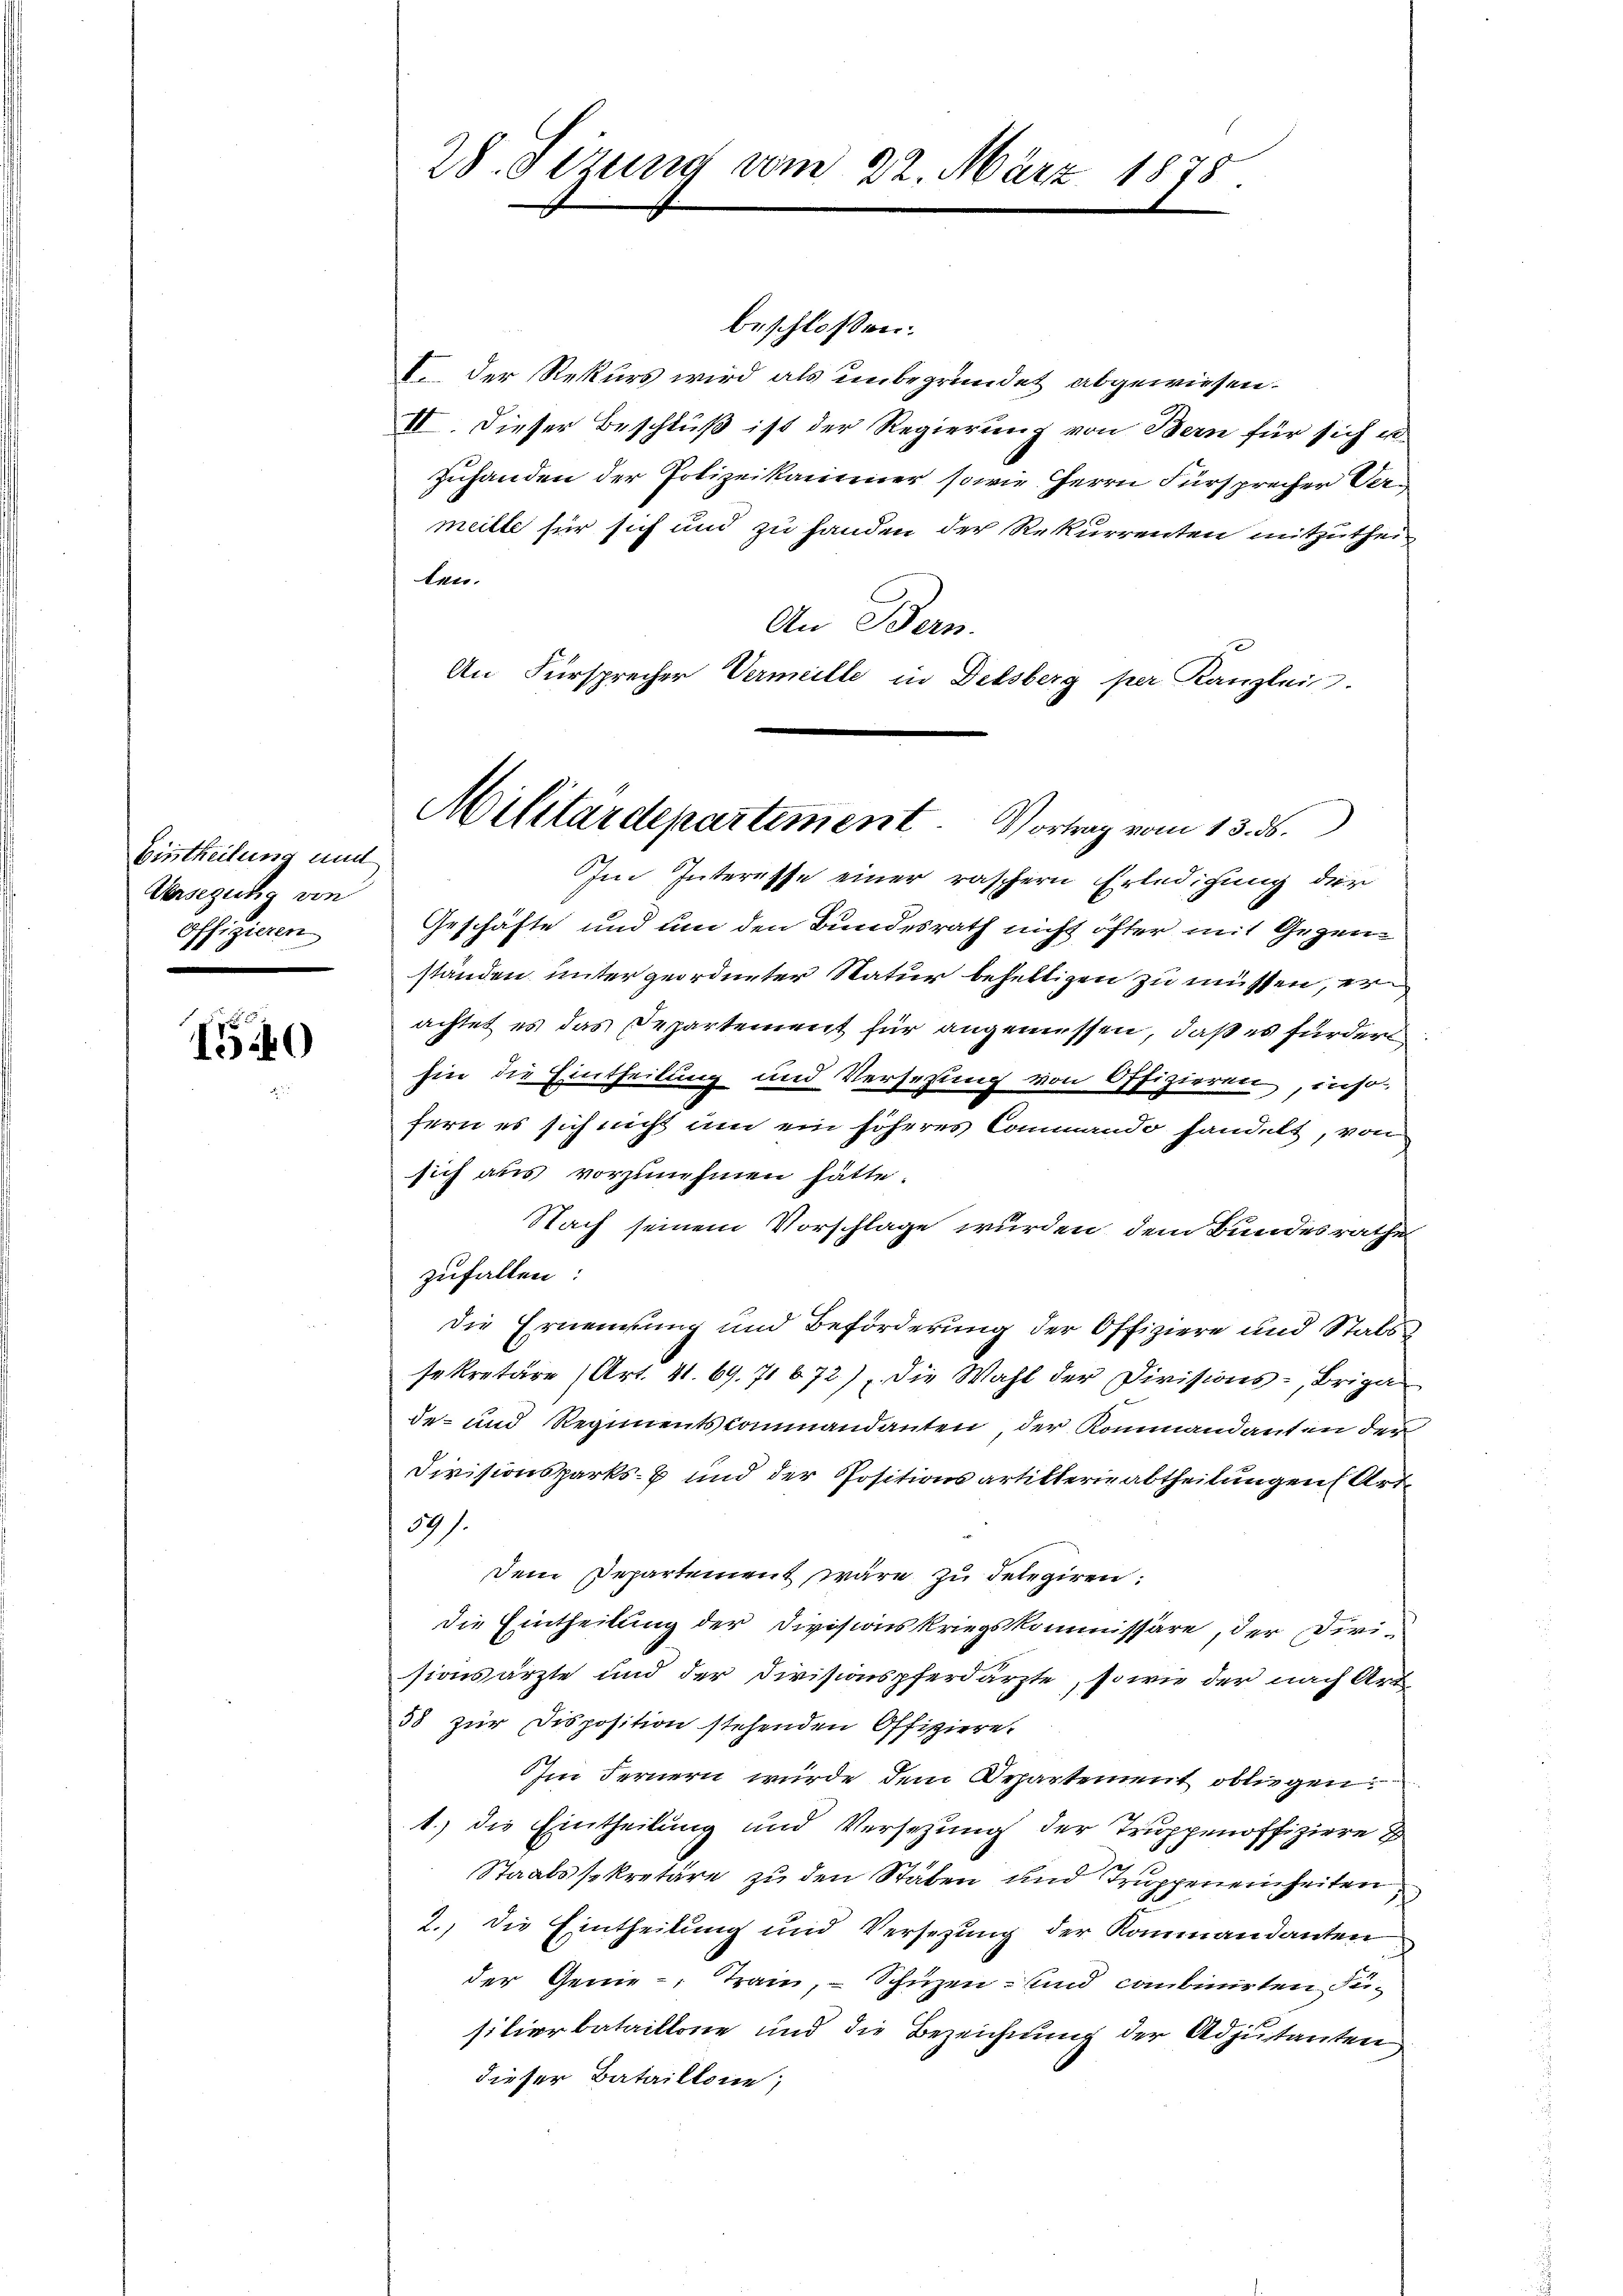
Bistheilung und
Versezung von
Offizieren
e

150

28. Sizung vom 22. März 1878

Militärdepartement. Vortrag vom 13. ds.

beschloßen:
I. Der Rekurs wird als unbegründet abgewiesen.
II. Dieser Beschluß ist der Regierung von Bern für sich un
Zuhanden der Polizeikanener sowie Herrn Fürsprecher Vermeille für sich und zu handen der Rekurrenten mitzutheiten.
An Bern.
An Fürsprecher Vermeille in Delsberg per Kanzlei.
Im Interesse einer raschern Erledigung der
Geschäfte und um den Bundesrath nicht öfter mit Gegenständen unter geordneter Natur behaltigen zu müssen, er
achtet es das Departement für angemessen, daß es fürderl
hin die Eintheilung und Versetzung von Offizieren, inso
fern es sich nicht um ein höheres Commando handelt, von
sich aus vorzunehmen hätte.
Nach seinem Vorschlage wurden, dem Bundesrathe
zufallen:
die Ernennung und Beförderung der Offiziere und Statssekretäre (Art. 41. 69. 71672), die Wahl der Divisions-Briga
de- und Regimentscommandanten, der Kommandanten der
Divisionsparks- und der Positionsartitterie abtheilungen (Art¬
37/
Dem Departement wäre zu delegiren.
die Eintheilung der Divisionskriegskommissäre, der Diri-
sionsärzte und der Divisionspferdärzte, sowie der nach Art
58 zur Disposition stehenden Offiziere.
Im Fernern wurde dem Departement obliegen
1.) die Eintheilung und Versezung der Truppenoffiziere
Staatssekretäre zu den Staben und Truppeneinheiten
2., die Eintheilung und Versezung der Kommandanten
der Genie-Train, - Schüzen- und combinirten Fisilierbataillone und die Bezeichnung der Adjutanten
dieser Bataillone;